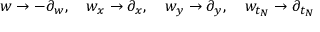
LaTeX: w \to - \partial _ { w } , \quad w _ { x } \to \partial _ { x } , \quad w _ { y } \to \partial _ { y } , \quad w _ { t _ { N } } \to \partial _ { t _ { N } }